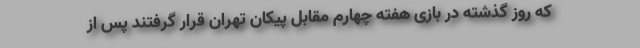
که روز گذشته در بازی هفته چهارم مقابل پیکان تهران قرار گرفتند پس از